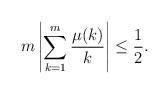
LaTeX: \begin{align*}m \left| \sum_{k=1}^m \frac{\mu(k)}{k} \right| \leq \frac{1}{2}.\end{align*}